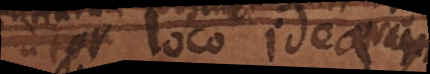
utor loco idearum